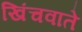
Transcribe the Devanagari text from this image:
खिंचवाते